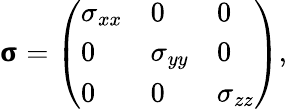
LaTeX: \pmb{\upsigma}=\left(\begin{array}{lll}{\sigma_{xx}}&{0}&{0}\\ {0}&{\sigma_{yy}}&{0}\\ {0}&{0}&{\sigma_{zz}}\end{array}\right),